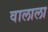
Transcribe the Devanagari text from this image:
वालाला